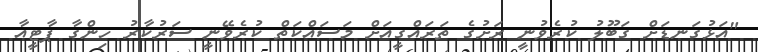
"އަޅުގަނޑަށް ގަބޫލު ކުރެވުނީ ރަށުގެ ތަރައްގީއަށް މަސައްކަތް ކުރެވޭނީ ސަރުކާރު ހިންގާ ޕާޓީއާ